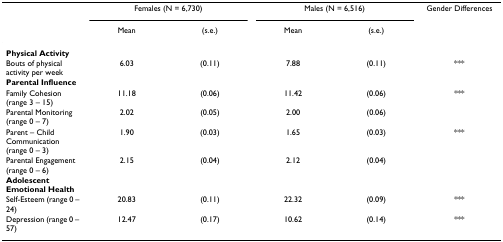
<table><thead><tr><td></td><td colspan="2"><b>Females (N = 6,730)</b></td><td colspan="2"><b>Males (N = 6,516)</b></td><td><b>Gender Differences</b></td></tr><tr><td></td><td><b>Mean</b></td><td><b>(s.e.)</b></td><td><b>Mean</b></td><td><b>(s.e.)</b></td><td></td></tr></thead><tbody><tr><td><b>Physical Activity</b></td><td></td><td></td><td></td><td></td><td></td></tr><tr><td>Bouts of physical activity per week</td><td>6.03</td><td>(0.11)</td><td>7.88</td><td>(0.11)</td><td>***</td></tr><tr><td><b>Parental Influence</b></td><td></td><td></td><td></td><td></td><td></td></tr><tr><td>Family Cohesion (range 3 – 15)</td><td>11.18</td><td>(0.06)</td><td>11.42</td><td>(0.06)</td><td>***</td></tr><tr><td>Parental Monitoring (range 0 – 7)</td><td>2.02</td><td>(0.05)</td><td>2.00</td><td>(0.06)</td><td></td></tr><tr><td>Parent – Child Communication (range 0 – 3)</td><td>1.90</td><td>(0.03)</td><td>1.65</td><td>(0.03)</td><td>***</td></tr><tr><td>Parental Engagement (range 0 – 6)</td><td>2.15</td><td>(0.04)</td><td>2.12</td><td>(0.04)</td><td></td></tr><tr><td><b>Adolescent Emotional Health</b></td><td></td><td></td><td></td><td></td><td></td></tr><tr><td>Self-Esteem (range 0 – 24)</td><td>20.83</td><td>(0.11)</td><td>22.32</td><td>(0.09)</td><td>***</td></tr><tr><td>Depression (range 0 – 57)</td><td>12.47</td><td>(0.17)</td><td>10.62</td><td>(0.14)</td><td>***</td></tr></tbody></table>